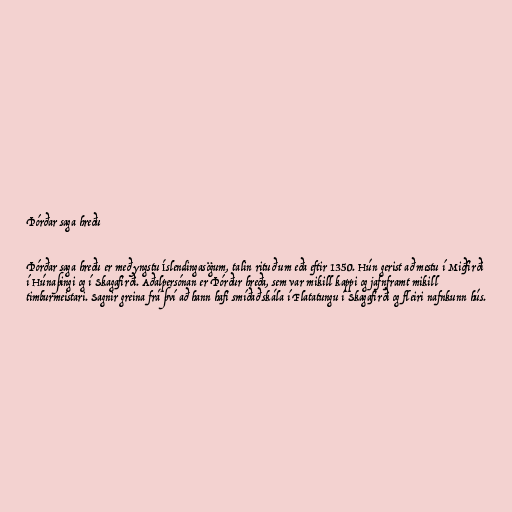
Þórðar saga hreðu

Þórðar saga hreðu er með yngstu Íslendingasögum, talin rituð um eða eftir 1350. Hún gerist að mestu í Miðfirði
í Húnaþingi og í Skagafirði. Aðalpersónan er Þórður hreða, sem var mikill kappi og jafnframt mikill
timburmeistari. Sagnir greina frá því að hann hafi smíðað skála í Flatatungu í Skagafirði og fleiri nafnkunn hús.